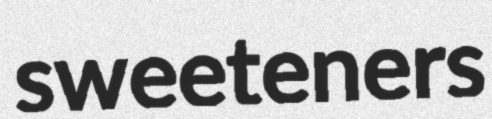
sweeteners